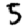
Digit: 5